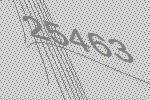
25463